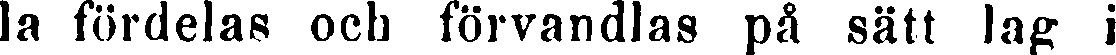
la fördelas och förvandlas på sätt lag i